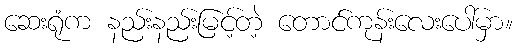
ဆေးရုံက နည်းနည်းမြင့်တဲ့ တောင်ကုန်းလေးပေါ်မှာ။